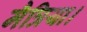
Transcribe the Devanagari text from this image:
मैत्रिया।